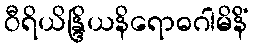
ဝီရိယိန္ဒြိယနိရောဓဂါမိနိံ